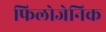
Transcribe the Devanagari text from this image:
फिलोजेनिक